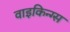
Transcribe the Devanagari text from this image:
वाइकिन्ग्स